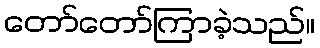
တော်တော်ကြာခဲ့သည်။